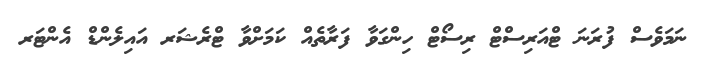
ނަމަވެސް ފުރަނަ ޓްއަރިސްޓް ރިސޯޓް ހިންގަވާ ފަރާތެއް ކަމަށްވާ ޓްރެޝަރ އައިލެންޑް އެންޓަރ